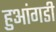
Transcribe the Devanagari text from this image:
हुआंगडी